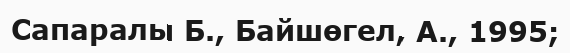
Сапаралы Б., Байшөгел, А., 1995;